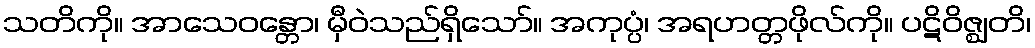
သတိကို။ အာသေဝန္တော၊ မှီဝဲသည်ရှိသော်။ အကုပ္ပံ၊ အရဟတ္တဖိုလ်ကို။ ပဋိဝိဇ္ဈတိ၊